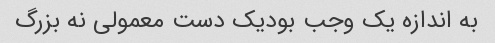
به اندازه یک وجب بودیک دست معمولی نه بزرگ